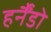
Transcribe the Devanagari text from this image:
हर्नैंडो